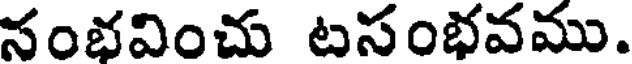
నంభవించు టసంభవము.